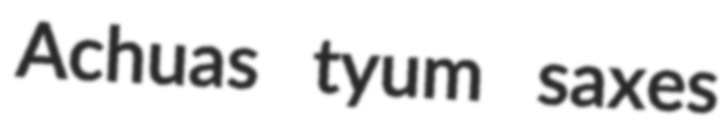
Achuas tyum saxes